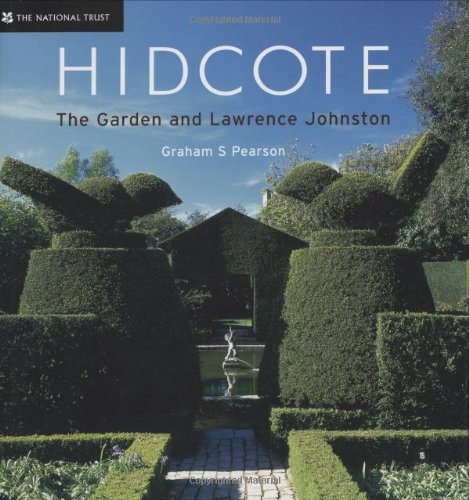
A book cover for Hidcote: The Garden and Lawrence Johnston; Graham S. Pearson; Crafts, Hobbies & Home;